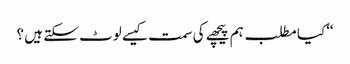
‘‘کیا مطلب ہم پیچھے کی سمت کیسے لوٹ سکتے ہیں ؟